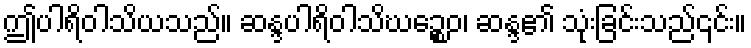
ဤပါရိဝါသိယသည်။ ဆန္ဒပါရိဝါသိဃဉ္စေဝ၊ ဆန္ဒ၏ သုံးခြင်းသည်၎င်း။